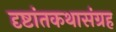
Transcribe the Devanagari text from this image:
दृष्टांतकथासंग्रह